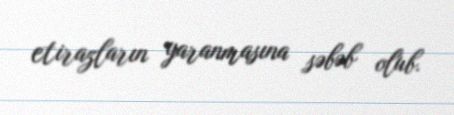
etirazların yaranmasına səbəb olub.